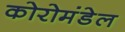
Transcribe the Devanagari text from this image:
कोरोमंडेल